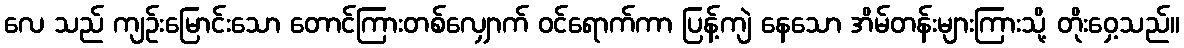
လေ သည် ကျဉ်းမြောင်းသော တောင်ကြားတစ်လျှောက် ဝင်ရောက်ကာ ပြန့်ကျဲ နေသော အိမ်တန်းများကြားသို့ တိုးဝှေ့သည်။